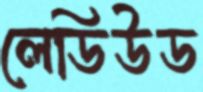
লেডিউড